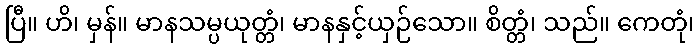
ပြီ။ ဟိ၊ မှန်။ မာနသမ္ပယုတ္တံ၊ မာနနှင့်ယှဉ်သော။ စိတ္တံ၊ သည်။ ကေတုံ၊